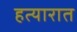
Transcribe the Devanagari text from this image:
हत्यारात